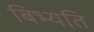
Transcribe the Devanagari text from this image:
बिभ्यति